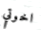
اخوتي